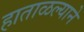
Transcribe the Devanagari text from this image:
हाताळल्याने